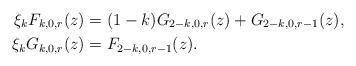
LaTeX: \begin{align*}\xi_k F_{k,0,r}(z) &= (1-k)G_{2-k,0,r}(z) + G_{2-k,0,r-1}(z),\\\xi_k G_{k,0,r}(z) &= F_{2-k,0,r-1}(z).\end{align*}